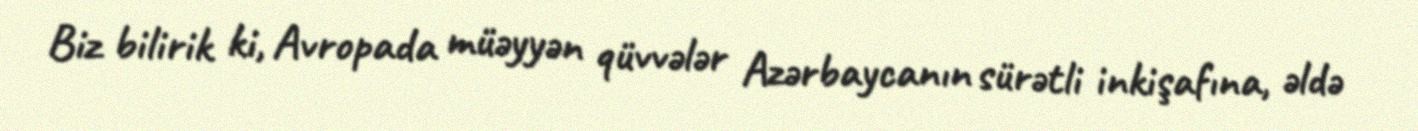
Biz bilirik ki, Avropada müəyyən qüvvələr Azərbaycanın sürətli inkişafına, əldə